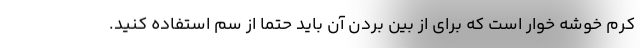
کرم خوشه خوار است که برای از بین بردن آن باید حتما از سم استفاده کنید.